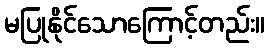
မပြုနိုင်သောကြောင့်တည်း။